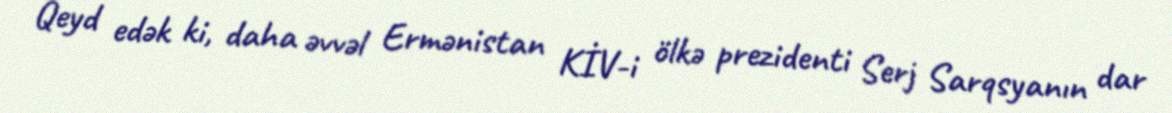
Qeyd edək ki, daha əvvəl Ermənistan KİV-i ölkə prezidenti Serj Sarqsyanın dar